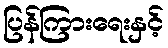
ပြန်ကြားရေးနှင့်